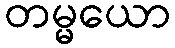
တမ္မယော